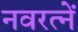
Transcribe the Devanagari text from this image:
नवरत्नें